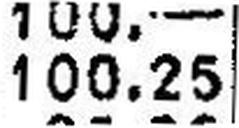
100.25